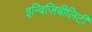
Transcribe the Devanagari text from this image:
इन्विज़िबीलिटी